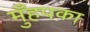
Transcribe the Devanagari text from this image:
मुँहपका